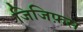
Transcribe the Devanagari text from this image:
जिजिफ़स